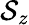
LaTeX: \mathcal{S}_{z}